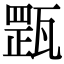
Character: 𤭺